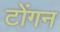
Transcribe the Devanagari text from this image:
टोंगन